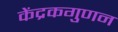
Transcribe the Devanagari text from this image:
केंद्रकगुणन